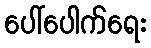
ပေါ်ပေါက်ရေး